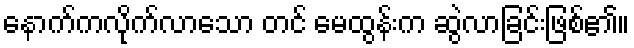
နောက်ကလိုက်လာသော တင် မေထွန်းက ဆွဲလာခြင်းဖြစ်၏။